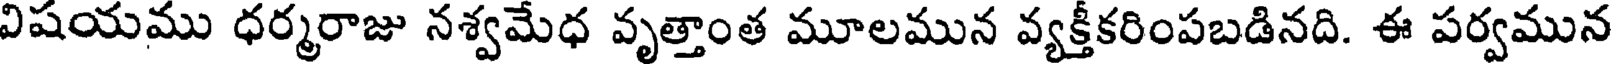
విషయము ధర్మరాజు నశ్వమేధ వృత్తాంత మూలమున వ్యక్తీకరింపబడినది. ఈ పర్వమున